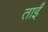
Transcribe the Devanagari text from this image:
ताईं